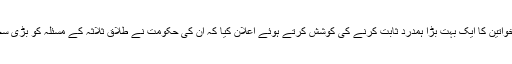
مودی نے خود کو مسلم خواتین کا ایک بہت بڑا ہمدرد ثابت کرنے کی کوشش کرتے ہوئے اعلان کیا کہ اُن کی حکومت نے طلاق ثلاثہ کے مسئلہ کو بڑی سختی کے ساتھ اُٹھایا ہے ۔